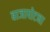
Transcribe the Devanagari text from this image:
बाजापोटना